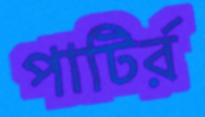
পাটির্র